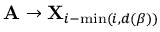
\mathbf { A } \to \mathbf { X } _ { i - \operatorname* { m i n } ( i , d ( \beta ) ) }